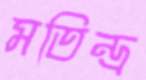
মতিন্দ্র